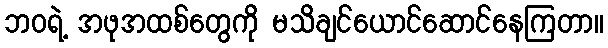
ဘဝရဲ့ အဖုအထစ်တွေကို မသိချင်ယောင်ဆောင်နေကြတာ။